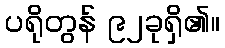
ပရိုတွန် ၉၂ခုရှိ၏။